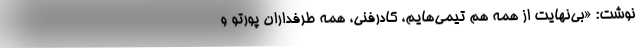
نوشت: «بی‌نهایت از همه هم تیمی‌هایم، کادرفنی، همه طرفداران پورتو و